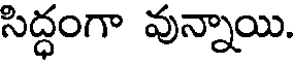
సిద్ధంగా వున్నాయి.